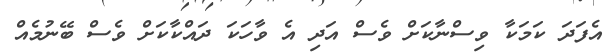
އެފަދަ ކަމަކާ ވިސްނާކަށް ވެސް އަދި އެ ވާހަކަ ދައްކާކަށް ވެސް ބޭނުމެއް